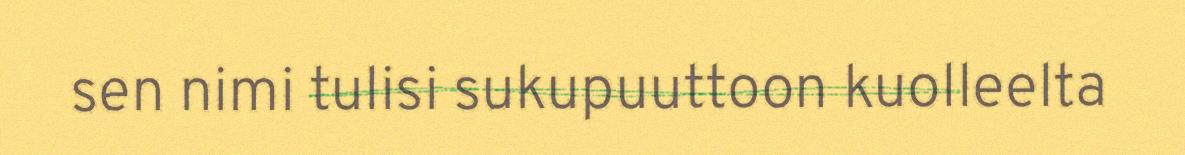
sen nimi tulisi sukupuuttoon kuolleelta